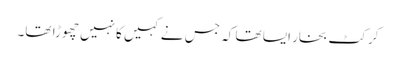
کرکٹ بخار ایسا تھا کہ جس نے کہیں کانہیں چھوڑا تھا۔